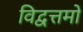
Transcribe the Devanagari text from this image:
विद्वत्तमो